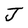
Character: J